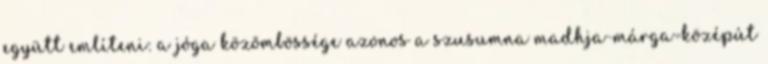
együtt említeni: a jóga közömbössége azonos a szusumna madhja-márga=középút